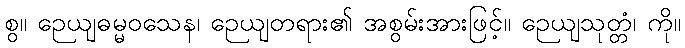
စွ။ ဉေယျဓမ္မဝသေန၊ ဉေယျတရား၏ အစွမ်းအားဖြင့်။ ဉေယျသုတ္တံ၊ ကို။